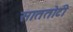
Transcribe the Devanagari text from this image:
साततोटी